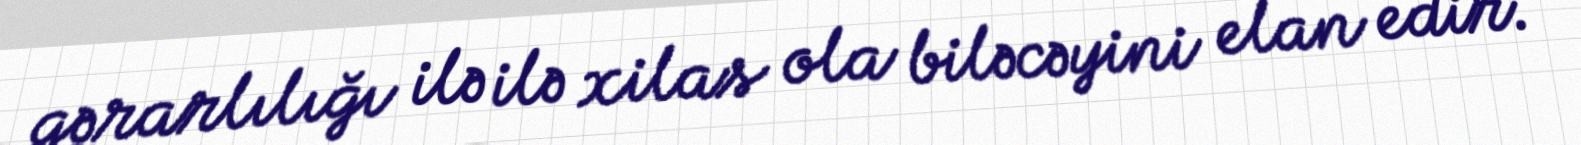
qərarlılığı ilə ilə xilas ola biləcəyini elan edir.